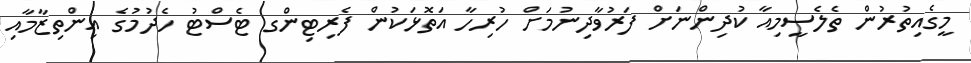
މީގެއިތުރުން ތެލެސީމިއާ ކުދިންނަށް ފަރުވާދިނުމަށް ހުރިހާ އަތޮޅަކުން ފެރިޓިންގ ޓެސްޓު ހެދުމުގެ އިންތިޒާމާއި